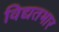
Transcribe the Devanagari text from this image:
विद्यतभार